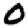
Digit: 0